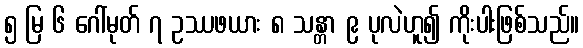
၅ မြ ၆ ဂေါ်မုတ် ၇ ဥဿဖယား ၈ သန္တာ ၉ ပုလဲဟူ၍ ကိုးပါးဖြစ်သည်။